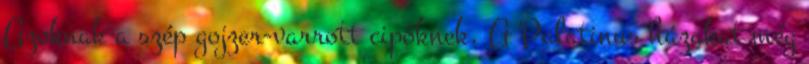
Azoknak a szép gojzer-varrott cipőknek. A Palatinus házakat még